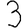
Digit: 3